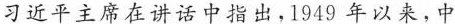
习近平主席在讲话中指出，1949年以来，中